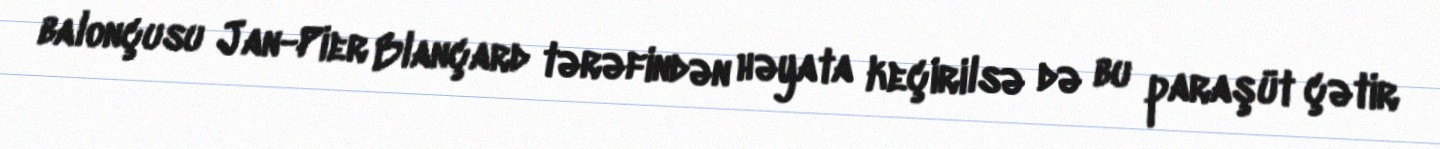
balonçusu Jan-Pier Blançard tərəfindən həyata keçirilsə də bu paraşüt çətir